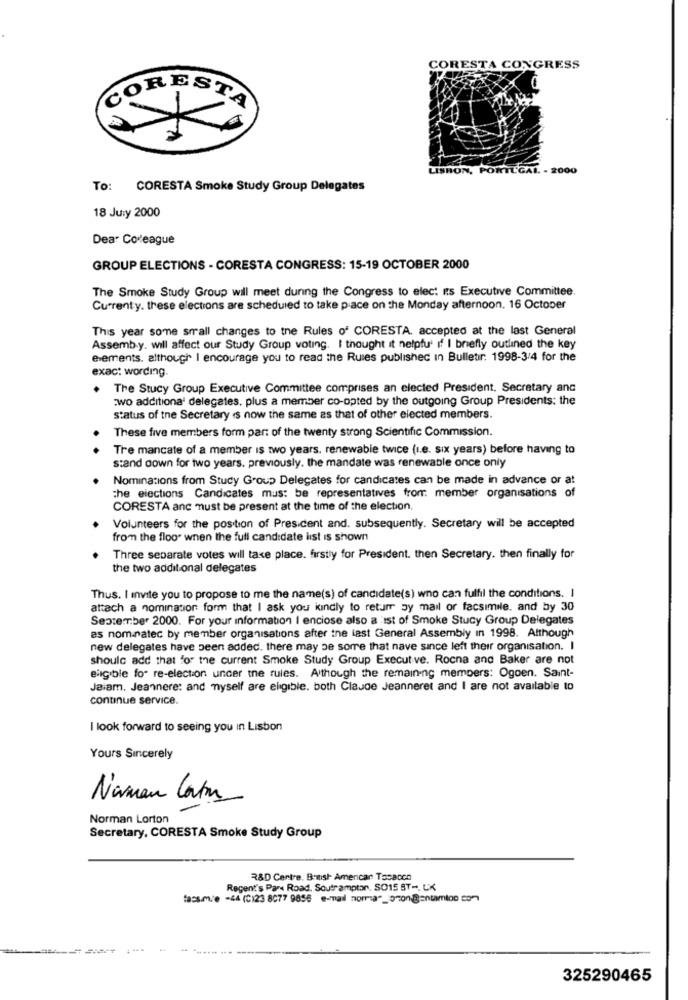
CORESTA CONGRESS
CORESTA
LISHON, PORTUGAL. - 2000
To: CORESTA Smoke Study Group Delegates
18 July 2000
Dear Covleague
GROUP ELECTIONS - CORESTA CONGRESS: 15-19 OCTOBER 2000
The Smoke Study Group will meet during the Congress to elec: Its Executive Committee.
Currenty. these elections are scheduled to take place on the Monday afternoon. 16 October
This year some small changes to the Rules of CORESTA. accepted at the last General
Assemb y. will affect our Study Group voting. I thought it netpfu' if I briefly outlined the key
elements. although I encourage you to read the Rules published in Bulletir. 1998-3/4 for the
exact wording.
The Stucy Group Executive Committee comprises an elected President, Secretary anc
:wo additional delegates, plus a member co-opted by the outgoing Group Presidents: the
status of the Secretary is now the same as that of other elected members.
These five members form part of the twenty strong Scientific Commission.
Tre mancate of a member is two years. renewable twice (i.e. six years) before having to
s:and down for two years. previously. the mandate was renewable once only
Nominations from Study Group Delegates for candicates can be made in advance or at
the elections Candicates mus: be representatives from: member organisations of
CORESTA anc must be present at the time of the election.
Volunteers for the position of President and. subsequently. Secretary will be accepted
from the floor when the full candidate list is shown
Three separate votes will take place. firstly for President. then Secretary. then finally for
the two additional delegates
Thus. I invite you to propose to me the name(s) of candidate(s) wno can fulfil the conditions. I
attach a nomination form that I ask you kindly to returr by mail or facsimile, and by 30
September 2000. For your information I enciose also a ist of Smoke Stucy Group Delegates
as nom-natec by member organisations after the last General Assembly in 1998. Although
new delegates have been added. there may be sorre that nave since left their organisation. I
should add that for the current Smoke Study Group Executive. Rocna and Baker are not
eligible for re-election uncer the rules. Although the remaining members: Ogoen. Saint-
Jaiam. Jeannere: and myself are eligible. both Claude Jeanneret and I are not available to
continue service.
I look forward to seeing you In Lisbon
Yours Sincerely
Narman Cato
Norman Lorton
Secretary, CORESTA Smoke Study Group
R&D Centre, British Amencar Tasacco
Regent's Pane Road, Soutramptor, SO15 ST -, LK
fassm/e -44 (C)23 8077 9856 e-mail norma"_ozon Bantamloo con
325290465